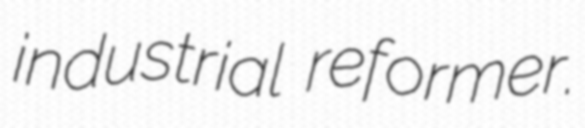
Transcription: industrial reformer.